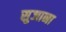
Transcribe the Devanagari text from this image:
सुजाना